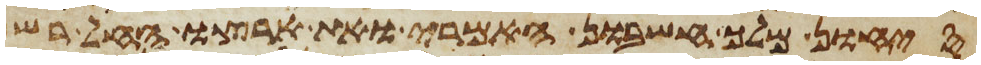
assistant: סיחון מלך חשבון האמרי ואת ארצו החל רש